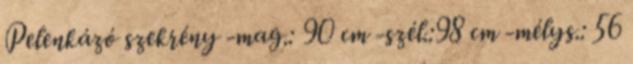
Pelenkázó szekrény -mag.: 90 cm -szél.:98 cm -mélys.: 56